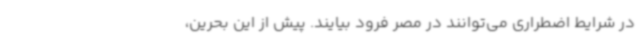
در شرایط اضطراری می‌توانند در مصر فرود بیایند. پیش از این بحرین،